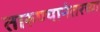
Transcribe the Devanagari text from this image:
तारुण्यानंतरच्या